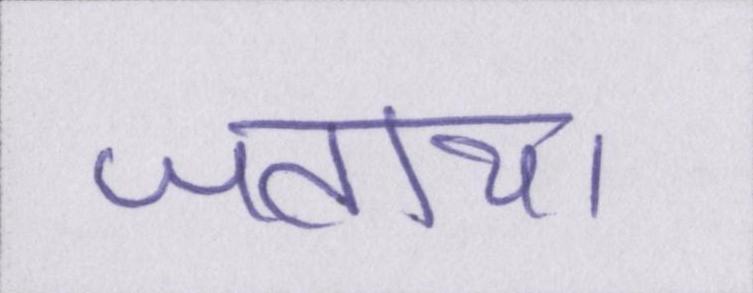
जताया